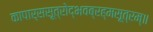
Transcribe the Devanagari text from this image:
कापार्ससूत्रोद्भवब्रह्मसूत्रम्॥